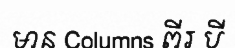
មាន Columns ពីរ បី